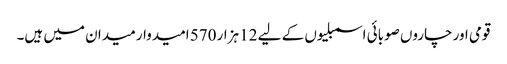
قومی اور چاروں صوبائی اسمبلیوں کے لیے 12 ہزار 570 امیدوار میدان میں ہیں۔